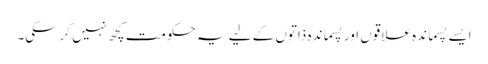
ایسے پسماندہ علاقوں اور پسماندہ ذاتوں کے لیے یہ حکومت کچھ نہیں کرسکی۔